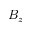
B _ { z }